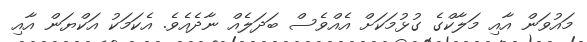
މައުވަން އާއި މަލާކްގެ ގުޅުމަކަށް އެއްވެސް ބަދަލެއް ނާދެއެވެ. އެކަމަކު އަކްޔަން އާއި